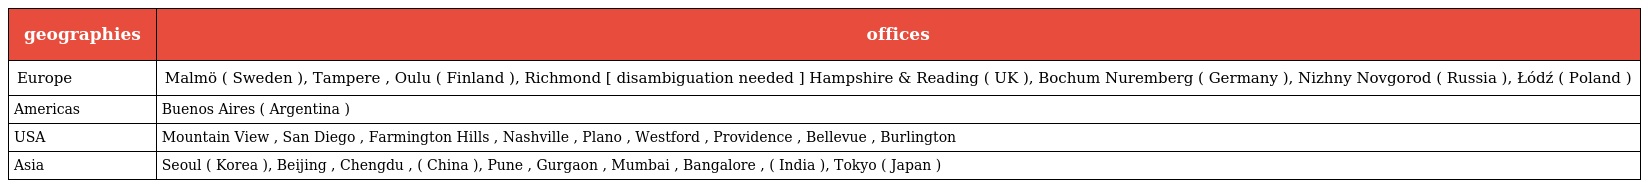
| geographies | offices |
 | --- | --- |
 | Europe | Malmö ( Sweden ), Tampere , Oulu ( Finland ), Richmond [ disambiguation needed ] Hampshire & Reading ( UK ), Bochum Nuremberg ( Germany ), Nizhny Novgorod ( Russia ), Łódź ( Poland ) |
 | Americas | Buenos Aires ( Argentina ) |
 | USA | Mountain View , San Diego , Farmington Hills , Nashville , Plano , Westford , Providence , Bellevue , Burlington |
 | Asia | Seoul ( Korea ), Beijing , Chengdu , ( China ), Pune , Gurgaon , Mumbai , Bangalore , ( India ), Tokyo ( Japan ) |